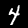
Digit: 4